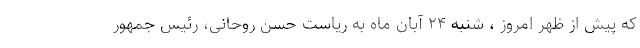
که پیش از ظهر امروز ، شنبه ۲۴ آبان ماه به ریاست حسن روحانی، رئیس جمهور